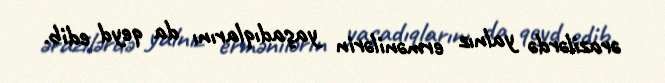
ərazilərdə yalnız ermənilərin yaşadıqlarını da qeyd edib.